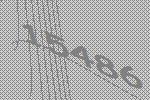
15486